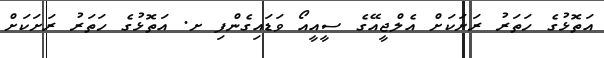
އަތޮޅުގެ ހަތަރު ރަށަކަށް އެލްޖީއޭގެ ސީއީއޯ ވަޑައިގެންފި ށ. އަތޮޅުގެ ހަތަރު ރަށަކަށް